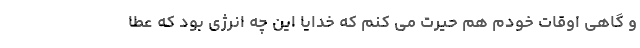
و گاهی اوقات خودم هم حیرت می کنم که خدایا این چه انرژی بود که عطا